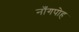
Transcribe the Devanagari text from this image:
नाँगपोह